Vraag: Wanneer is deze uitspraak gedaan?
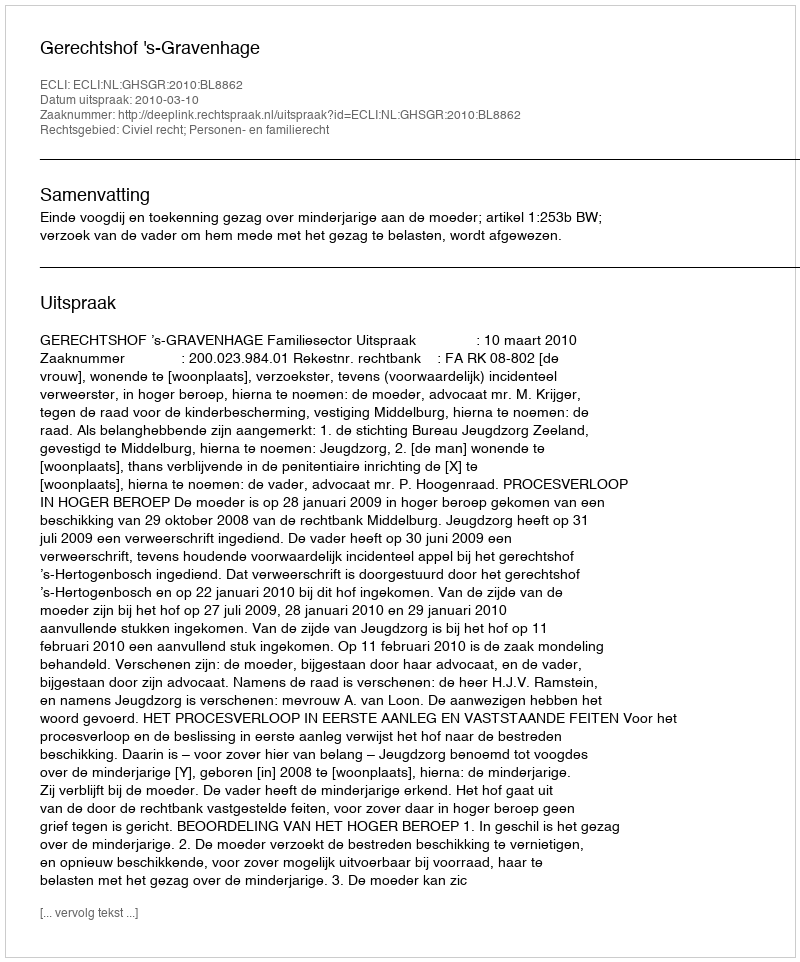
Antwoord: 2010-03-10